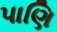
પાણિ